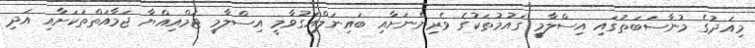
މިއަދުގެ މުނާސަބަތުގައި އިސްލާމީ ގައުމުތަކުގެ ވެރިންނަށާއި ބައިނަލްއަގުވާމީ އިސްލާމީ ޖަމްއިއްޔާ ޖަމާއަތްތަކަށާއި އަދި